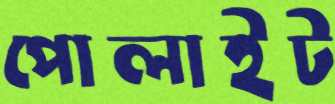
পোলাইট